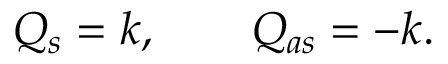
Q _ { s } = k , \qquad Q _ { a s } = - k .